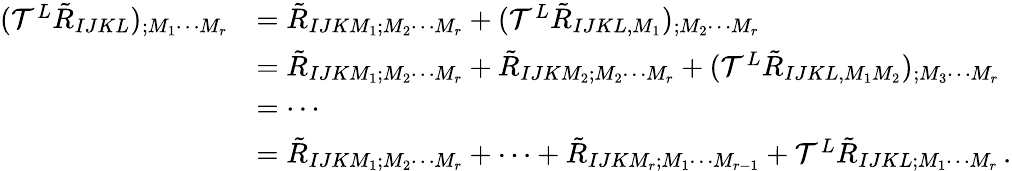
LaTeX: \begin{array}{rl}{({\cal T}^{L}\tilde{R}_{IJKL})_{;M_{1}\cdots M_{r}}}&{=\tilde{R}_{IJKM_{1};M_{2}\cdots M_{r}}+({\cal T}^{L}\tilde{R}_{IJKL,M_{1}})_{;M_{2}\cdots M_{r}}}\\ &{=\tilde{R}_{IJKM_{1};M_{2}\cdots M_{r}}+\tilde{R}_{IJKM_{2};M_{2}\cdots M_{r}}+({\cal T}^{L}\tilde{R}_{IJKL,M_{1}M_{2}})_{;M_{3}\cdots M_{r}}}\\ &{=\cdots}\\ &{=\tilde{R}_{IJKM_{1};M_{2}\cdots M_{r}}+\cdots+\tilde{R}_{IJKM_{r};M_{1}\cdots M_{r-1}}+{\cal T}^{L}\tilde{R}_{IJKL;M_{1}\cdots M_{r}}\, .}\end{array}